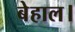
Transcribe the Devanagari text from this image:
बेहाल।